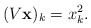
\begin{align*}(V \mathbf{x})_k=x^2_k.\end{align*}